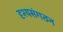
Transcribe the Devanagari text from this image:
दृश्यसंगठन